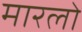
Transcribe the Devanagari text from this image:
मारलो